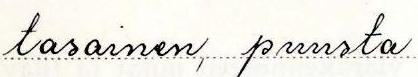
tasainen, puusta